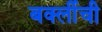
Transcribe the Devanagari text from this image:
बर्क्लीची